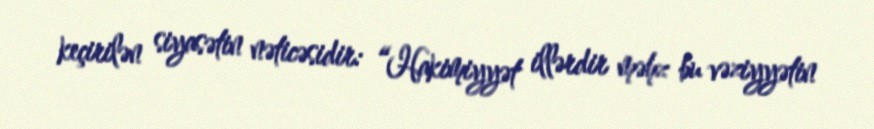
keçirilən siyasətin nəticəsidir: “Hakimiyyət illərdir məhz bu vəziyyətin